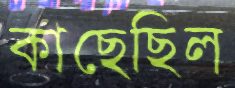
কাছেছিল